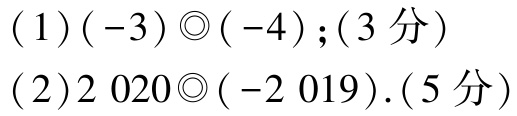
(1)$(-3)\odot(-4);(3\text{ 分})$
(2)$2\ 020\odot(-2\ 019). (5\text{ 分})$